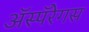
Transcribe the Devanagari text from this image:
ॲस्पॅरेगस